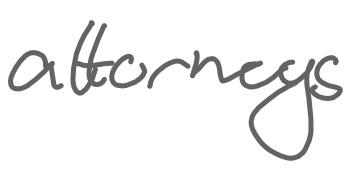
Text: attorneys
Cross-out: clean
Writing tool: digital_gray